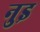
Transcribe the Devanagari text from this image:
नुइ